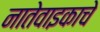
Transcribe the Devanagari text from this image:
नातेवाइकाचे